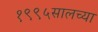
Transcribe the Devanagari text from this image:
१९९५सालच्या